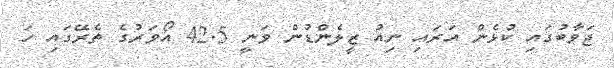
ޖަވާބުގައި ކުޅެން އަރައި ނިއު ޒީލެންޑުން ވަނީ 42.5 އޯވަރުގެ ތެރޭގައި ހަ